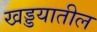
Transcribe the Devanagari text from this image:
खड्डयातील